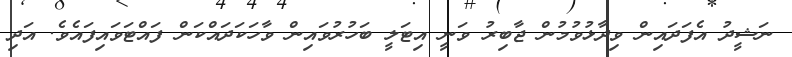
ނަޝީދު އެފަދައިން ވިދާޅުވުމުން ޖާބިރު ވަނީ އިޓަލީ ބަހުރުވައިން ވާހަކަދައްކަން ފައްޓަވައިފައެވެ. އަދި